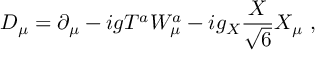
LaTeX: D _ { \mu } = \partial _ { \mu } - i g T ^ { a } W _ { \mu } ^ { a } - i g _ { X } { \frac { X } { \sqrt { 6 } } } X _ { \mu } \ ,